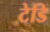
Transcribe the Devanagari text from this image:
टेडि